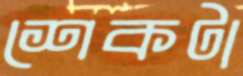
শেকটা